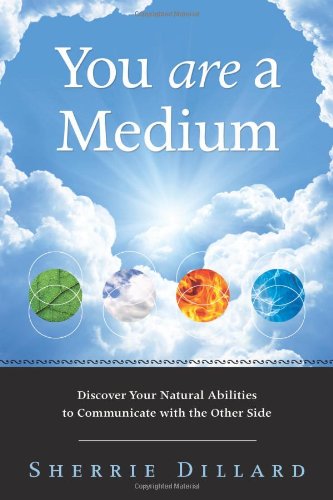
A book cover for You Are a Medium: Discover Your Natural Abilities to Communicate with the Other Side; Sherrie Dillard; Religion & Spirituality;